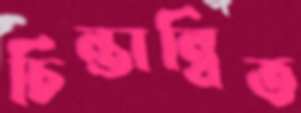
চিন্তান্বিত